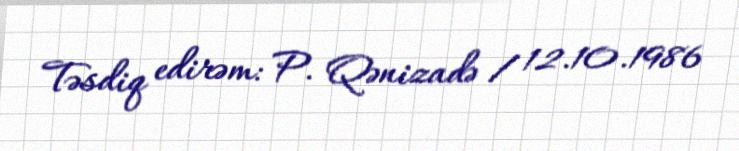
Təsdiq edirəm: P. Qənizadə / 12.10.1986